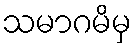
သမာဂမိမှ